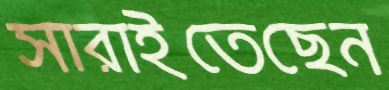
সারাইতেছেন